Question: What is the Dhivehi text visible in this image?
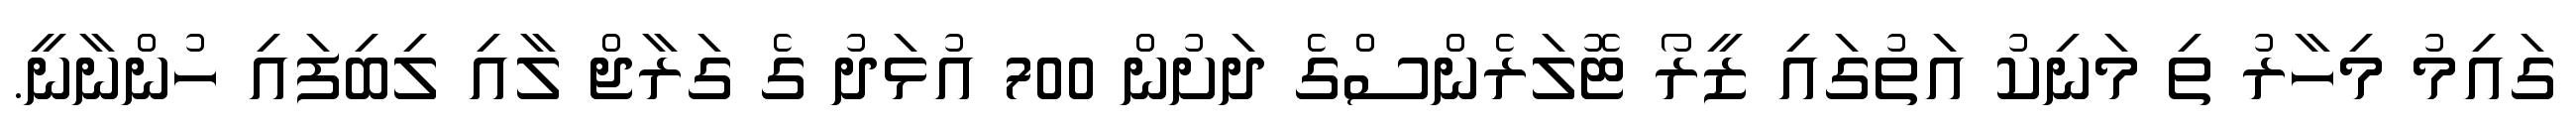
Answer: ގައިމު މިހާރު ތި މަނިކު އަތުގައި ޒީރޯ ޓޮލަރެންސްގެ ދަށުން 700 އުޅަދު ގެ ގަރާޖް ލާއި ލިބިފައި ހުންނާނީ.